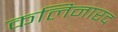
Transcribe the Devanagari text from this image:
कलिनारद